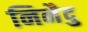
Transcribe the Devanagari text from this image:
निनैदु